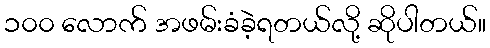
၁၀၀ လောက် အဖမ်းခံခဲ့ရတယ်လို့ ဆိုပါတယ်။